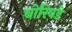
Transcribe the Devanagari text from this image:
बोरिवडे